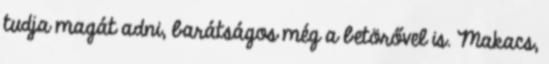
tudja magát adni, barátságos még a betörővel is. Makacs,